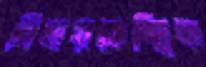
বিদায়কেন্দ্রিক